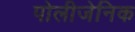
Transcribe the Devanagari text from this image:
पोलीजेनिक